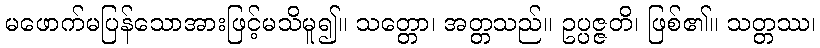
မဖောက်မပြန်သောအားဖြင့်မသိမူ၍။ သတ္တော၊ အတ္တသည်။ ဥပ္ပဇ္ဇတိ၊ ဖြစ်၏။ သတ္တဿ၊